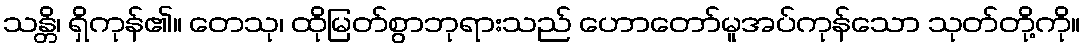
သန္တိ၊ ရှိကုန်၏။ တေသု၊ ထိုမြတ်စွာဘုရားသည် ဟောတော်မူအပ်ကုန်သော သုတ်တို့ကို။